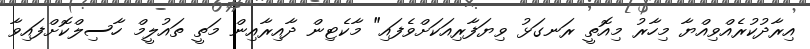
އިރާދުކުރެއްވިއްޔާ މިހާރު މިއޮތީ ރަނގަޅު ވިޔަފާރިއަކަށްވެފައި" މާކެޓިން ދާއިރާއިން މަތީ ތައުލީމް ހާސިލްކޮށްފައިވާ